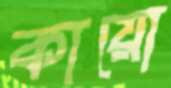
কায়ো